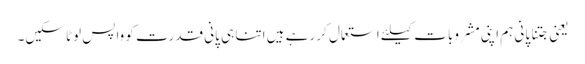
یعنی جتنا پانی ہم اپنی مشروبات کیلئے استعمال کر رہے ہیں اتنا ہی پانی قدرت کو واپس لوٹا سکیں۔